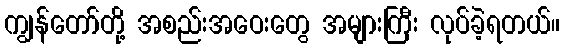
ကျွန်တော်တို့ အစည်းအဝေးတွေ အများကြီး လုပ်ခဲ့ရတယ်။